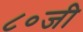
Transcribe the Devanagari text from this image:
८०जी